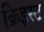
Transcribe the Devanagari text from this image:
क्रिइस्ट